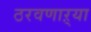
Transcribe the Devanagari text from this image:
ठरवणाऱ्या